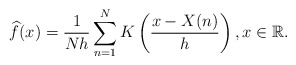
\begin{align*}\widehat{f}(x)= \frac{1}{Nh}\sum_{n=1}^N K\left( \frac{x-X(n)}{h}\right), x\in \mathbb{R}.\end{align*}